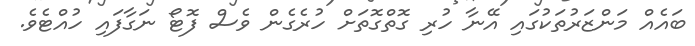
ބައެއް މަންޒަރުތަކުގައި އޭނާ ހުރި ގޮތްގޮތަށް ހުރެގެން ވެސް ފޮޓޯ ނަގާފައި ހުއްޓެވެ.